Civil Veterinary Department Bengal reports 1923-33 - 1923-1933
Year: 1923
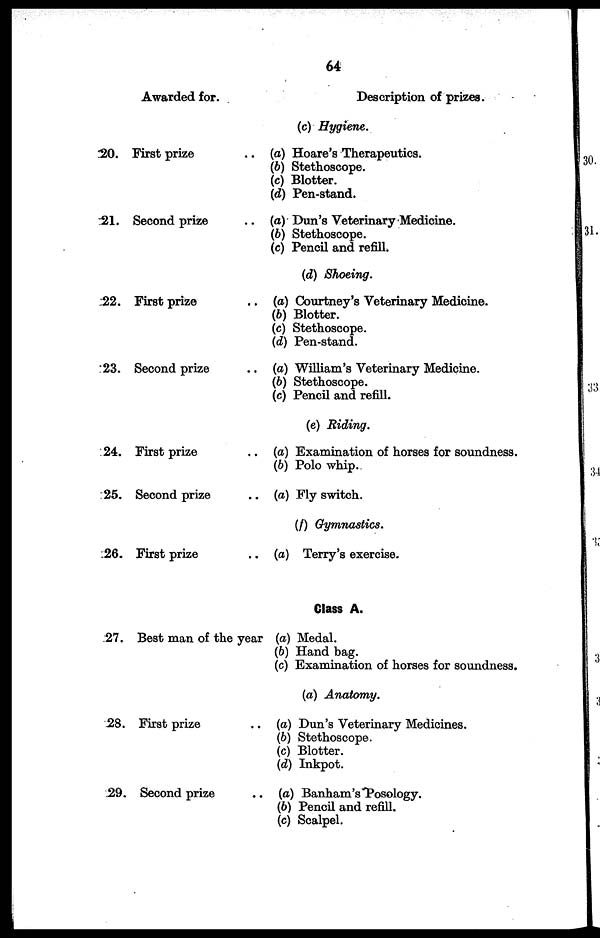
64
20.
21.
22.
23.
24.
25.
26.
27.
28.
29.
Awarded for.
First prize ..
Second prize ..
First prize ..
Second prize ..
First prize ..
Second prize ..
First prize ..
Best man of the year
First prize ..
Second prize ..
Description of prizes.
(c) Hygiene.
(a) Hoare's Therapeutics.
(b) Stethoscope.
(c) Blotter.
(d) Pen-stand.
(a) Dun's Veterinary Medicine.
(b) Stethoscope.
(c) Pencil and refill.
(d) Shoeing.
(a) Courtney's Veterinary Medicine.
(b) Blotter.
(c) Stethoscope.
(d) Pen-stand.
(a) William's Veterinary Medicine.
(b) Stethoscope.
(c) Pencil and refill.
(e) Riding.
(a) Examination of horses for soundness.
(b) Polo whip.
(a) Fly switch.
(f) Gymnastics.
(a) Terry's exercise.
Class A.
(a) Medal.
(b) Hand bag.
(c) Examination of horses for soundness.
(a) Anatomy.
(a) Dun's Veterinary Medicines.
(b) Stethoscope.
(c) Blotter.
(d) Inkpot.
(a) Banham's Posology.
(b) Pencil and refill.
(c) Scalpel.